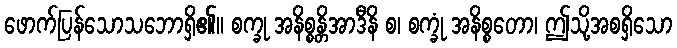
ဖောက်ပြန်သောသဘောရှိ၏။ စက္ခု အနိစ္စန္တိအာဒီနိ စ၊ စက္ခုံ အနိစ္စတော၊ ဤသို့အစရှိသော